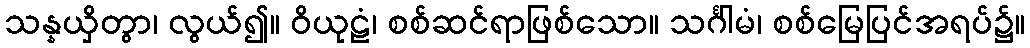
သန္နယှိတွာ၊ လွယ်၍။ ဝိယုဠံ၊ စစ်ဆင်ရာဖြစ်သော။ သင်္ဂါမံ၊ စစ်မြေပြင်အရပ်၌။